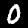
Label: 0